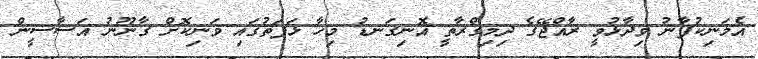
އެމަނިކުފާނު ވިދާޅުވީ ރާއްޖޭގެ ދިމިގްރާތީ އޮނިގަނޑު މިހާ ޅަފަތުގައި ވަނިކޮށް ގާނޫނު އަސާސީން